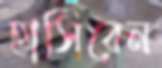
হাসিবেন